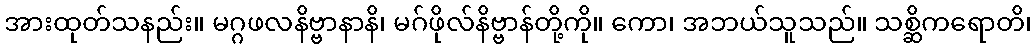
အားထုတ်သနည်း။ မဂ္ဂဖလနိဗ္ဗာနာနိ၊ မဂ်ဖိုလ်နိဗ္ဗာန်တို့ကို။ ကော၊ အဘယ်သူသည်။ သစ္ဆိကရောတိ၊